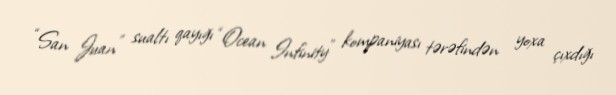
“San Juan” sualtı qayığı “Ocean Infinity” kompaniyası tərəfindən yoxa çıxdığı